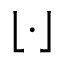
\lfloor \cdot \rfloor